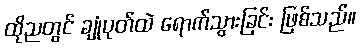
ထိုညတွင် ချုံပုတ်ထဲ ရောက်သွားခြင်း ဖြစ်သည်။